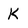
Character: K